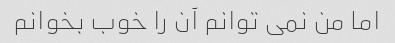
اما من نمی توانم آن را خوب بخوانم